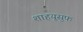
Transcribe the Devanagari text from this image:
शाहयूसुफ